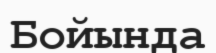
Бойында